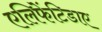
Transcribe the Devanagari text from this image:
एलिफेंटिडाए